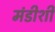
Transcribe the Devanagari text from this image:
मंडीशी